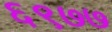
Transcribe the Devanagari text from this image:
६९७७